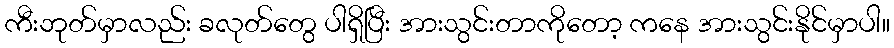
ကီးဘုတ်မှာလည်း ခလုတ်တွေ ပါရှိပြီး အားသွင်းတာကိုတော့ ကနေ အားသွင်းနိုင်မှာပါ။